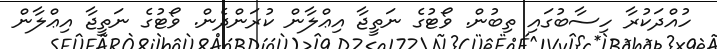
ހުއްދަކުރާ ހިސާބުގައި ތިބުން. ވޯޓުގެ ނަތީޖާ އިޢްލާން ކުރަންދެން. ވޯޓުގެ ނަތީޖާ އިޢްލާން